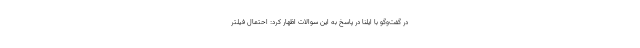
در گفت‌وگو با ایلنا در پاسخ به این سوالات اظهار کرد: احتمال فیلتر